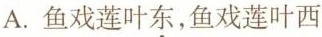
A.鱼戏莲叶\underset{·}{东}，鱼戏莲叶西